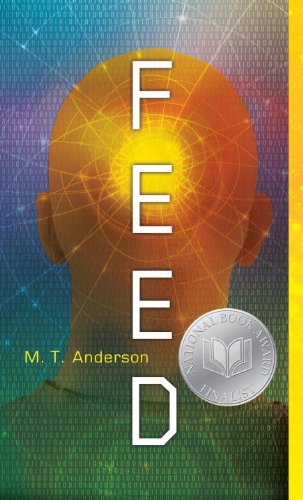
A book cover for Feed; M.T. Anderson; Teen & Young Adult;